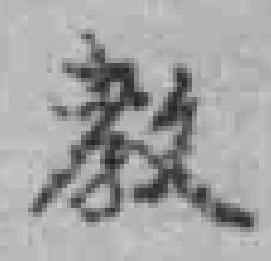
教